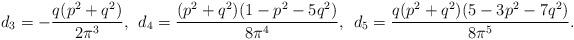
LaTeX: \begin{align*} d_3 = - { q (p^2 + q^2)\over 2 \pi^3}, \: \: d_4 = {(p^2+q^2)(1-p^2-5q^2) \over 8 \pi^4}, \: \: d_5 = { q(p^2+q^2)(5-3p^2-7 q^2) \over 8 \pi^5}. \end{align*}